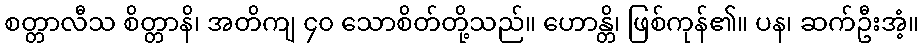
စတ္တာလီသ စိတ္တာနိ၊ အတိကျ ၄၀ သောစိတ်တို့သည်။ ဟောန္တိ၊ ဖြစ်ကုန်၏။ ပန၊ ဆက်ဦးအံ့။